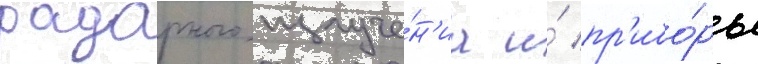
радарного излуче́н'иа и́ пр'ибо́ры